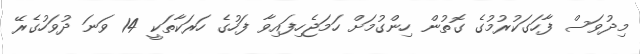
މިދުވަސް ފާހަގަކުރުމުގެ ގޮތުން ހިންގުމަށް ހަމަޖެހިފައިވާ ފަހުގެ ހަރަކާތަކީ 14 ވަނަ ދުވަހުގެރޭ